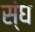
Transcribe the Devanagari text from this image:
स्ंघ